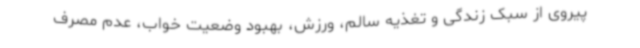
پیروی از سبک زندگی و تغذیه سالم، ورزش، بهبود وضعیت خواب، عدم مصرف